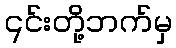
၎င်းတို့ဘက်မှ